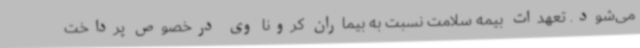
می‌شود. تعهدات بیمه سلامت نسبت به بیماران کرونا وی درخصوص پرداخت